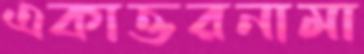
একাত্তরনামা